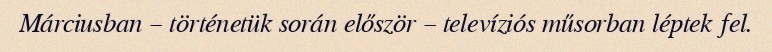
Márciusban – történetük során először – televíziós műsorban léptek fel.